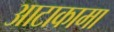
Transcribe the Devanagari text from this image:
आटाकामा